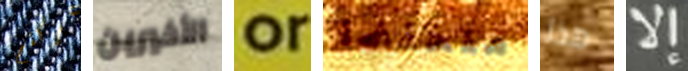
تركتم الأخيرين or منخفضا هذا إلا